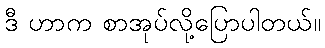
ဒီ ဟာက စာအုပ်လို့ပြောပါတယ်။